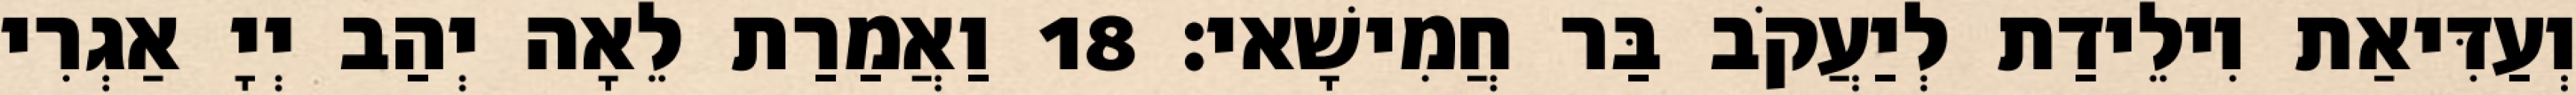
וְעַדִּיאַת וִילֵידַת לְיַעֲקֹב בַּר חֲמִישָׁאי׃ 18 וַאֲמַרַת לֵאָה יְהַב יְיָ אַגְרִי